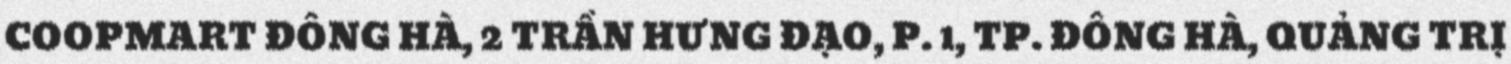
COOPMART ĐÔNG HÀ, 2 TRẦN HƯNG ĐẠO, P. 1, TP. ĐÔNG HÀ, QUẢNG TRỊ